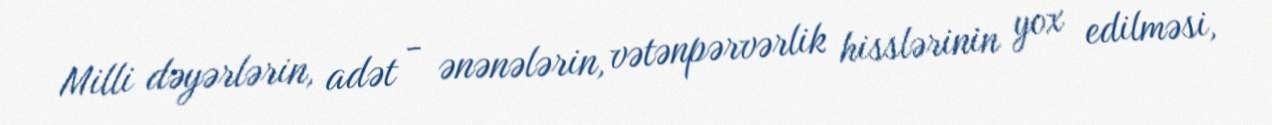
Milli dəyərlərin, adət - ənənələrin, vətənpərvərlik hisslərinin yox edilməsi,